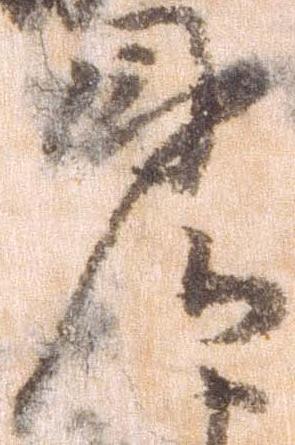
見